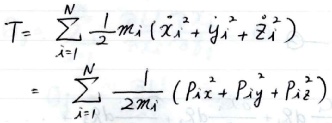
\[
\begin{align*}
T&=\sum_{i = 1}^{N}\frac{1}{2}m_{i}(\dot{x}_{i}^{2}+\dot{y}_{i}^{2}+\dot{z}_{i}^{2})\\
&=\sum_{i = 1}^{N}\frac{1}{2m_{i}}(p_{ix}^{2}+p_{iy}^{2}+p_{iz}^{2})
\end{align*}
\]